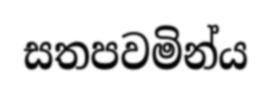
සතපවමින්ය